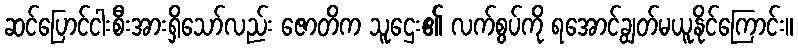
ဆင်ပြောင်ငါးစီးအားရှိသော်လည်း ဇောတိက သူဌေး၏ လက်စွပ်ကို ရအောင်ချွတ်မယူနိုင်ကြောင်း။